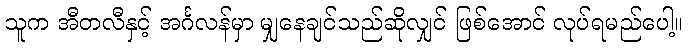
သူက အီတလီနှင့် အင်္ဂလန်မှာ မျှနေချင်သည်ဆိုလျှင် ဖြစ်အောင် လုပ်ရမည်ပေါ့။